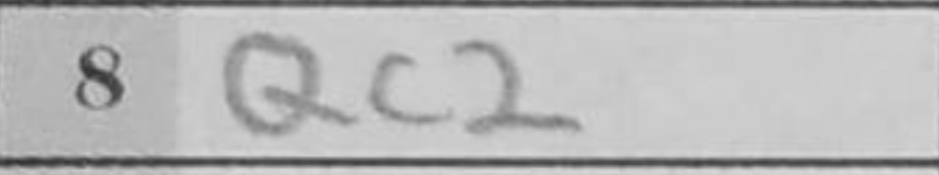
Transcription: Qc2